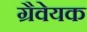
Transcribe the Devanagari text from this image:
ग्रैवेयक